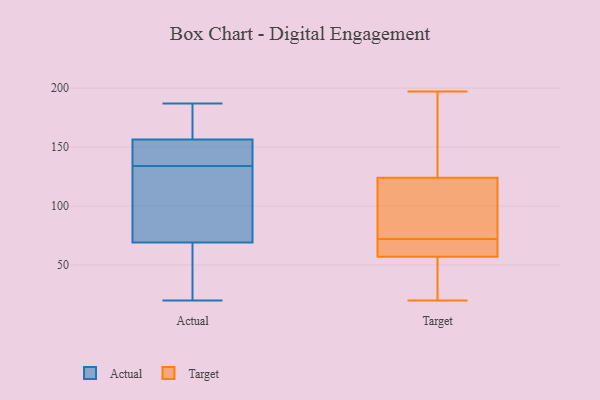
{"axis": {"x": "Net Income (USD K)", "y": "Value"}, "legend": ["Actual", "Target"], "data": [{"x": "", "y": 20, "type": "Actual"}, {"x": "", "y": 131, "type": "Actual"}, {"x": "", "y": 157, "type": "Actual"}, {"x": "", "y": 124, "type": "Actual"}, {"x": "", "y": 26, "type": "Actual"}, {"x": "", "y": 67, "type": "Actual"}, {"x": "", "y": 71, "type": "Actual"}, {"x": "", "y": 147, "type": "Actual"}, {"x": "", "y": 172, "type": "Actual"}, {"x": "", "y": 138, "type": "Actual"}, {"x": "", "y": 176, "type": "Actual"}, {"x": "", "y": 81, "type": "Actual"}, {"x": "", "y": 187, "type": "Actual"}, {"x": "", "y": 156, "type": "Actual"}, {"x": "", "y": 175, "type": "Actual"}, {"x": "", "y": 26, "type": "Actual"}, {"x": "", "y": 137, "type": "Actual"}, {"x": "", "y": 144, "type": "Actual"}, {"x": "", "y": 107, "type": "Actual"}, {"x": "", "y": 66, "type": "Actual"}, {"x": "", "y": 185, "type": "Target"}, {"x": "", "y": 151, "type": "Target"}, {"x": "", "y": 67, "type": "Target"}, {"x": "", "y": 57, "type": "Target"}, {"x": "", "y": 66, "type": "Target"}, {"x": "", "y": 71, "type": "Target"}, {"x": "", "y": 112, "type": "Target"}, {"x": "", "y": 124, "type": "Target"}, {"x": "", "y": 20, "type": "Target"}, {"x": "", "y": 27, "type": "Target"}, {"x": "", "y": 23, "type": "Target"}, {"x": "", "y": 124, "type": "Target"}, {"x": "", "y": 197, "type": "Target"}, {"x": "", "y": 73, "type": "Target"}]}